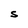
Character: S